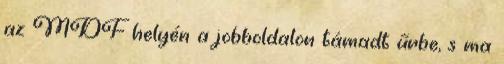
az MDF he­lyén a jobboldalon támadt űrbe, s ma